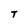
Character: T